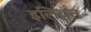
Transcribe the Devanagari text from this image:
इलियत